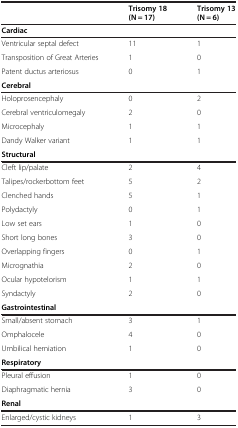
<table><thead><tr><td><b> </b></td><td><b>Trisomy 18 (N = 17)</b></td><td><b>Trisomy 13 (N = 6)</b></td></tr></thead><tbody><tr><td><b>Cardiac</b></td><td> </td><td> </td></tr><tr><td>Ventricular septal defect</td><td>11</td><td>1</td></tr><tr><td>Transposition of Great Arteries</td><td>1</td><td>0</td></tr><tr><td>Patent ductus arteriosus</td><td>0</td><td>1</td></tr><tr><td><b>Cerebral</b></td><td> </td><td> </td></tr><tr><td>Holoprosencephaly</td><td>0</td><td>2</td></tr><tr><td>Cerebral ventriculomegaly</td><td>2</td><td>0</td></tr><tr><td>Microcephaly</td><td>1</td><td>1</td></tr><tr><td>Dandy Walker variant</td><td>1</td><td>1</td></tr><tr><td><b>Structural</b></td><td> </td><td> </td></tr><tr><td>Cleft lip/palate</td><td>2</td><td>4</td></tr><tr><td>Talipes/rockerbottom feet</td><td>5</td><td>2</td></tr><tr><td>Clenched hands</td><td>5</td><td>1</td></tr><tr><td>Polydactyly</td><td>0</td><td>1</td></tr><tr><td>Low set ears</td><td>1</td><td>0</td></tr><tr><td>Short long bones</td><td>3</td><td>0</td></tr><tr><td>Overlapping fingers</td><td>0</td><td>1</td></tr><tr><td>Micrognathia</td><td>2</td><td>0</td></tr><tr><td>Ocular hypotelorism</td><td>1</td><td>1</td></tr><tr><td>Syndactyly</td><td>2</td><td>0</td></tr><tr><td><b>Gastrointestinal</b></td><td> </td><td> </td></tr><tr><td>Small/absent stomach</td><td>3</td><td>1</td></tr><tr><td>Omphalocele</td><td>4</td><td>0</td></tr><tr><td>Umbilical herniation</td><td>1</td><td>0</td></tr><tr><td><b>Respiratory</b></td><td> </td><td> </td></tr><tr><td>Pleural effusion</td><td>1</td><td>0</td></tr><tr><td>Diaphragmatic hernia</td><td>3</td><td>0</td></tr><tr><td><b>Renal</b></td><td> </td><td> </td></tr><tr><td>Enlarged/cystic kidneys</td><td>1</td><td>3</td></tr></tbody></table>